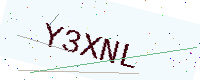
Text: Y3XNL